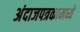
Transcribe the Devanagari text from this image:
अंदाजपत्रकामध्ये